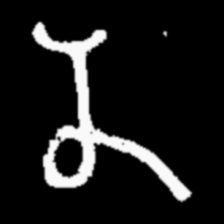
Pyu character \u2014 Myanmar letter: န (romanized: na)